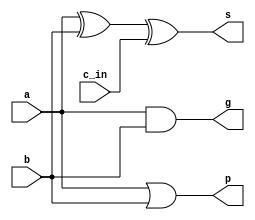
module CLA_1(
	input a, b ,c_in,
	output s,
	output g, p
);
	assign s = a ^ b ^ c_in;
	assign g = a & b; 
	assign p = a | b;

endmodule